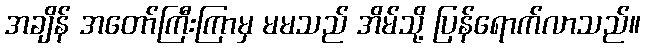
အချိန် အတော်ကြီးကြာမှ မမသည် အိမ်သို့ ပြန်ရောက်လာသည်။